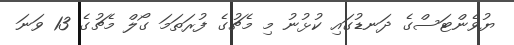
ޔުވެންޓަސްގެ ދަނޑުގައި ކުޅުނު މި މެޗުގެ ފުރަތަމަ ގޯލް މެޗުގެ 13 ވަނަ